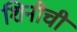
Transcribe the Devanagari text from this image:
शिनीची